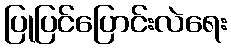
ပြုပြင်ပြောင်းလဲရေး